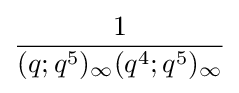
{\frac {1}{(q;q^{5})_{\infty }(q^{4};q^{5})_{\infty }}}